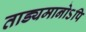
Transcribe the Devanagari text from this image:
ताड्यमानोऽपि